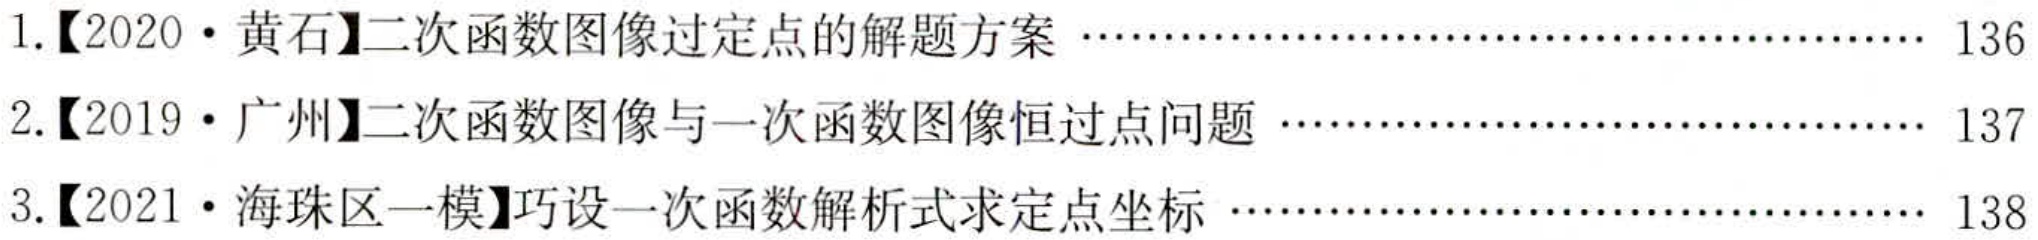
1.【2020•黄石】二次函数图像过定点的解题方案 ……………………………………………… 136
2.【2019•广州】二次函数图像与一次函数图像恒过点问题 ……………………………………… 137
3.【2021•海珠区一模】巧设一次函数解析式求定点坐标 ………………………………………… 138